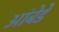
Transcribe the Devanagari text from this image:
आंबेडे